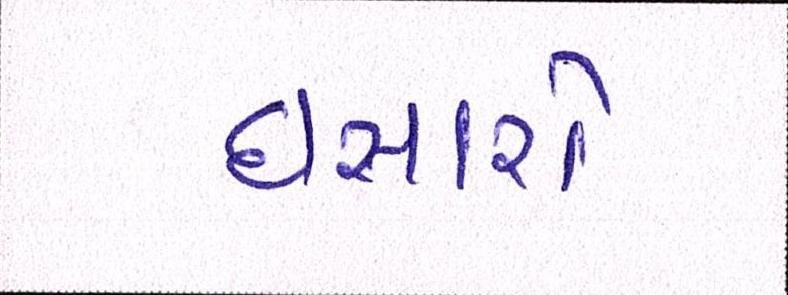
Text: ઘસારો